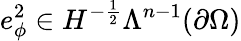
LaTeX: e_{\phi}^{2}\in H^{-\frac{1}{2}}\Lambda^{n-1}(\partial\Omega)